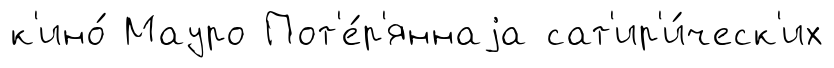
к'ино́ Мауро Пот'е́р'яннаjа сат'ир'и́ческ'их